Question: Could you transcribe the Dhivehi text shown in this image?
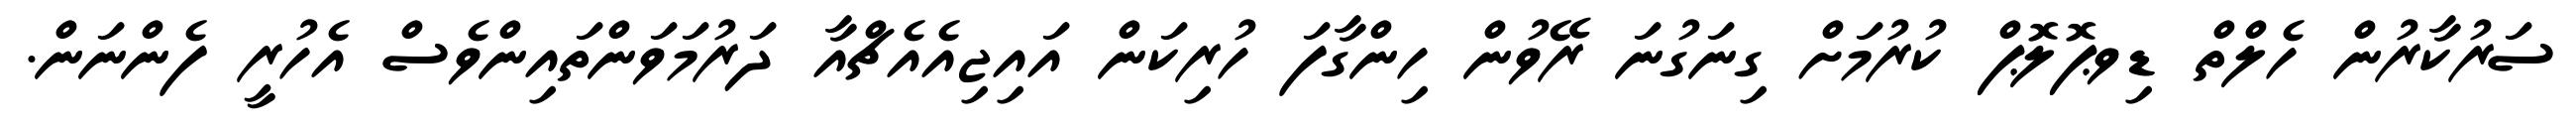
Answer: ސަރުކާރުން ހެލްތް ޑިވޕޮލޮޕް ކުރުމަށް ގިނަގުނަ ރޭވުން ހިންގާފަ ހުރިކަން އައިޖިއެއެޗްއާ ދަރުމަވަންތައިންވެސް އެހުރީ ފެންނަން.